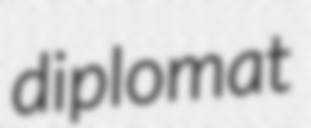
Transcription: diplomat